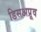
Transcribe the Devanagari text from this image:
डिसअप्रूव